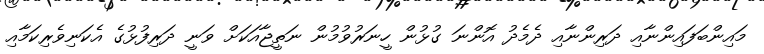
މައިންބަފައިންނާއި ދަރިންނާއި ދެމެދު އޮންނަ ގުޅުން ހީނަރުވުމުން ނަތީޖާއަކަށް ވަނީ ދަރިފުޅުގެ އެކަނިވެރިކަމާއި